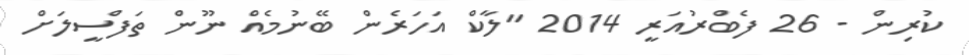
ކުރިން - 26 ފެބްރުއަރީ 2014 "ލާކް އަހަރެން ބޭނުމެއް ނޫން ތަފްސީލަށް